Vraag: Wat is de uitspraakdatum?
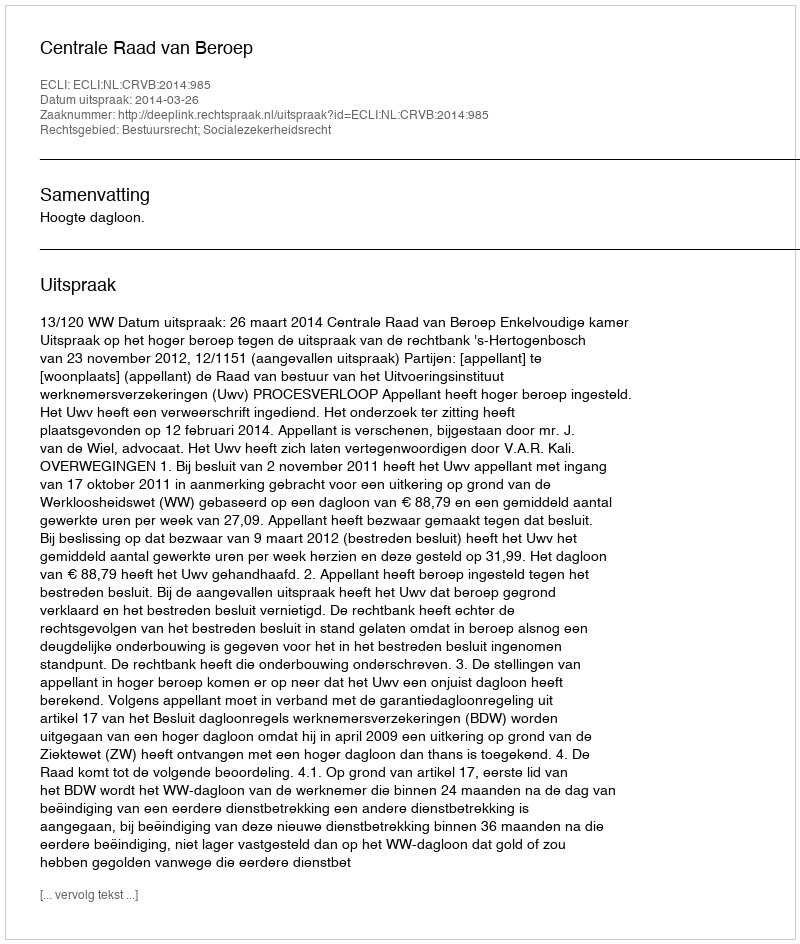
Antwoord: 2014-03-26